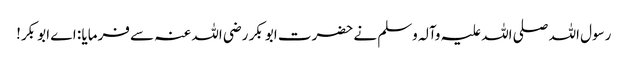
رسول اللہ صلی اللہ علیہ وآلہ وسلم نے حضرت ابو بکر رضی اللہ عنہ سے فرمایا : اے ابو بکر!